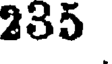
235